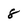
Character: 8